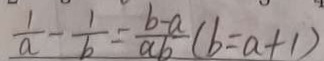
\frac { 1 } { a } - \frac { 1 } { b } = \frac { b - a } { a b } ( b = a + 1 )